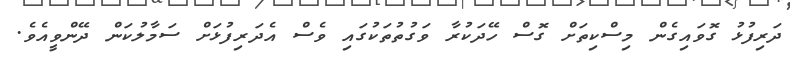
ދަރިފުޅު ގޮވައިގެން މިސްކިތަށް ގޮސް ހޭދަކުރާ ވަގުތުތަކުގައި ވެސް އެދަރިފުޅަށް ސަމާލުކަން ދޭންވީއެވެ.